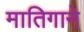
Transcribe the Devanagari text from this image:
मातिगाने